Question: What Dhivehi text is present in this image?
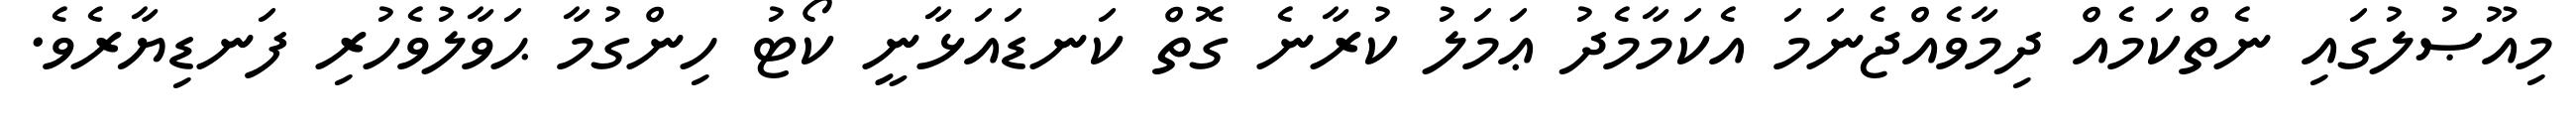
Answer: މިއޫޞުލުގައި ނެތްކަމެއް ދިމާވެއްޖެނަމަ އެކަމާމެދު ޢަމަލު ކުރާނެ ގޮތް ކަނޑައަޅާނީ ކޯޓު ހިންގުމާ ޙަވާލުވެހުރި ފަނޑިޔާރެވެ.